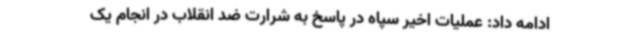
ادامه داد: عملیات اخیر سپاه در پاسخ به شرارت ضد انقلاب در انجام یک‌